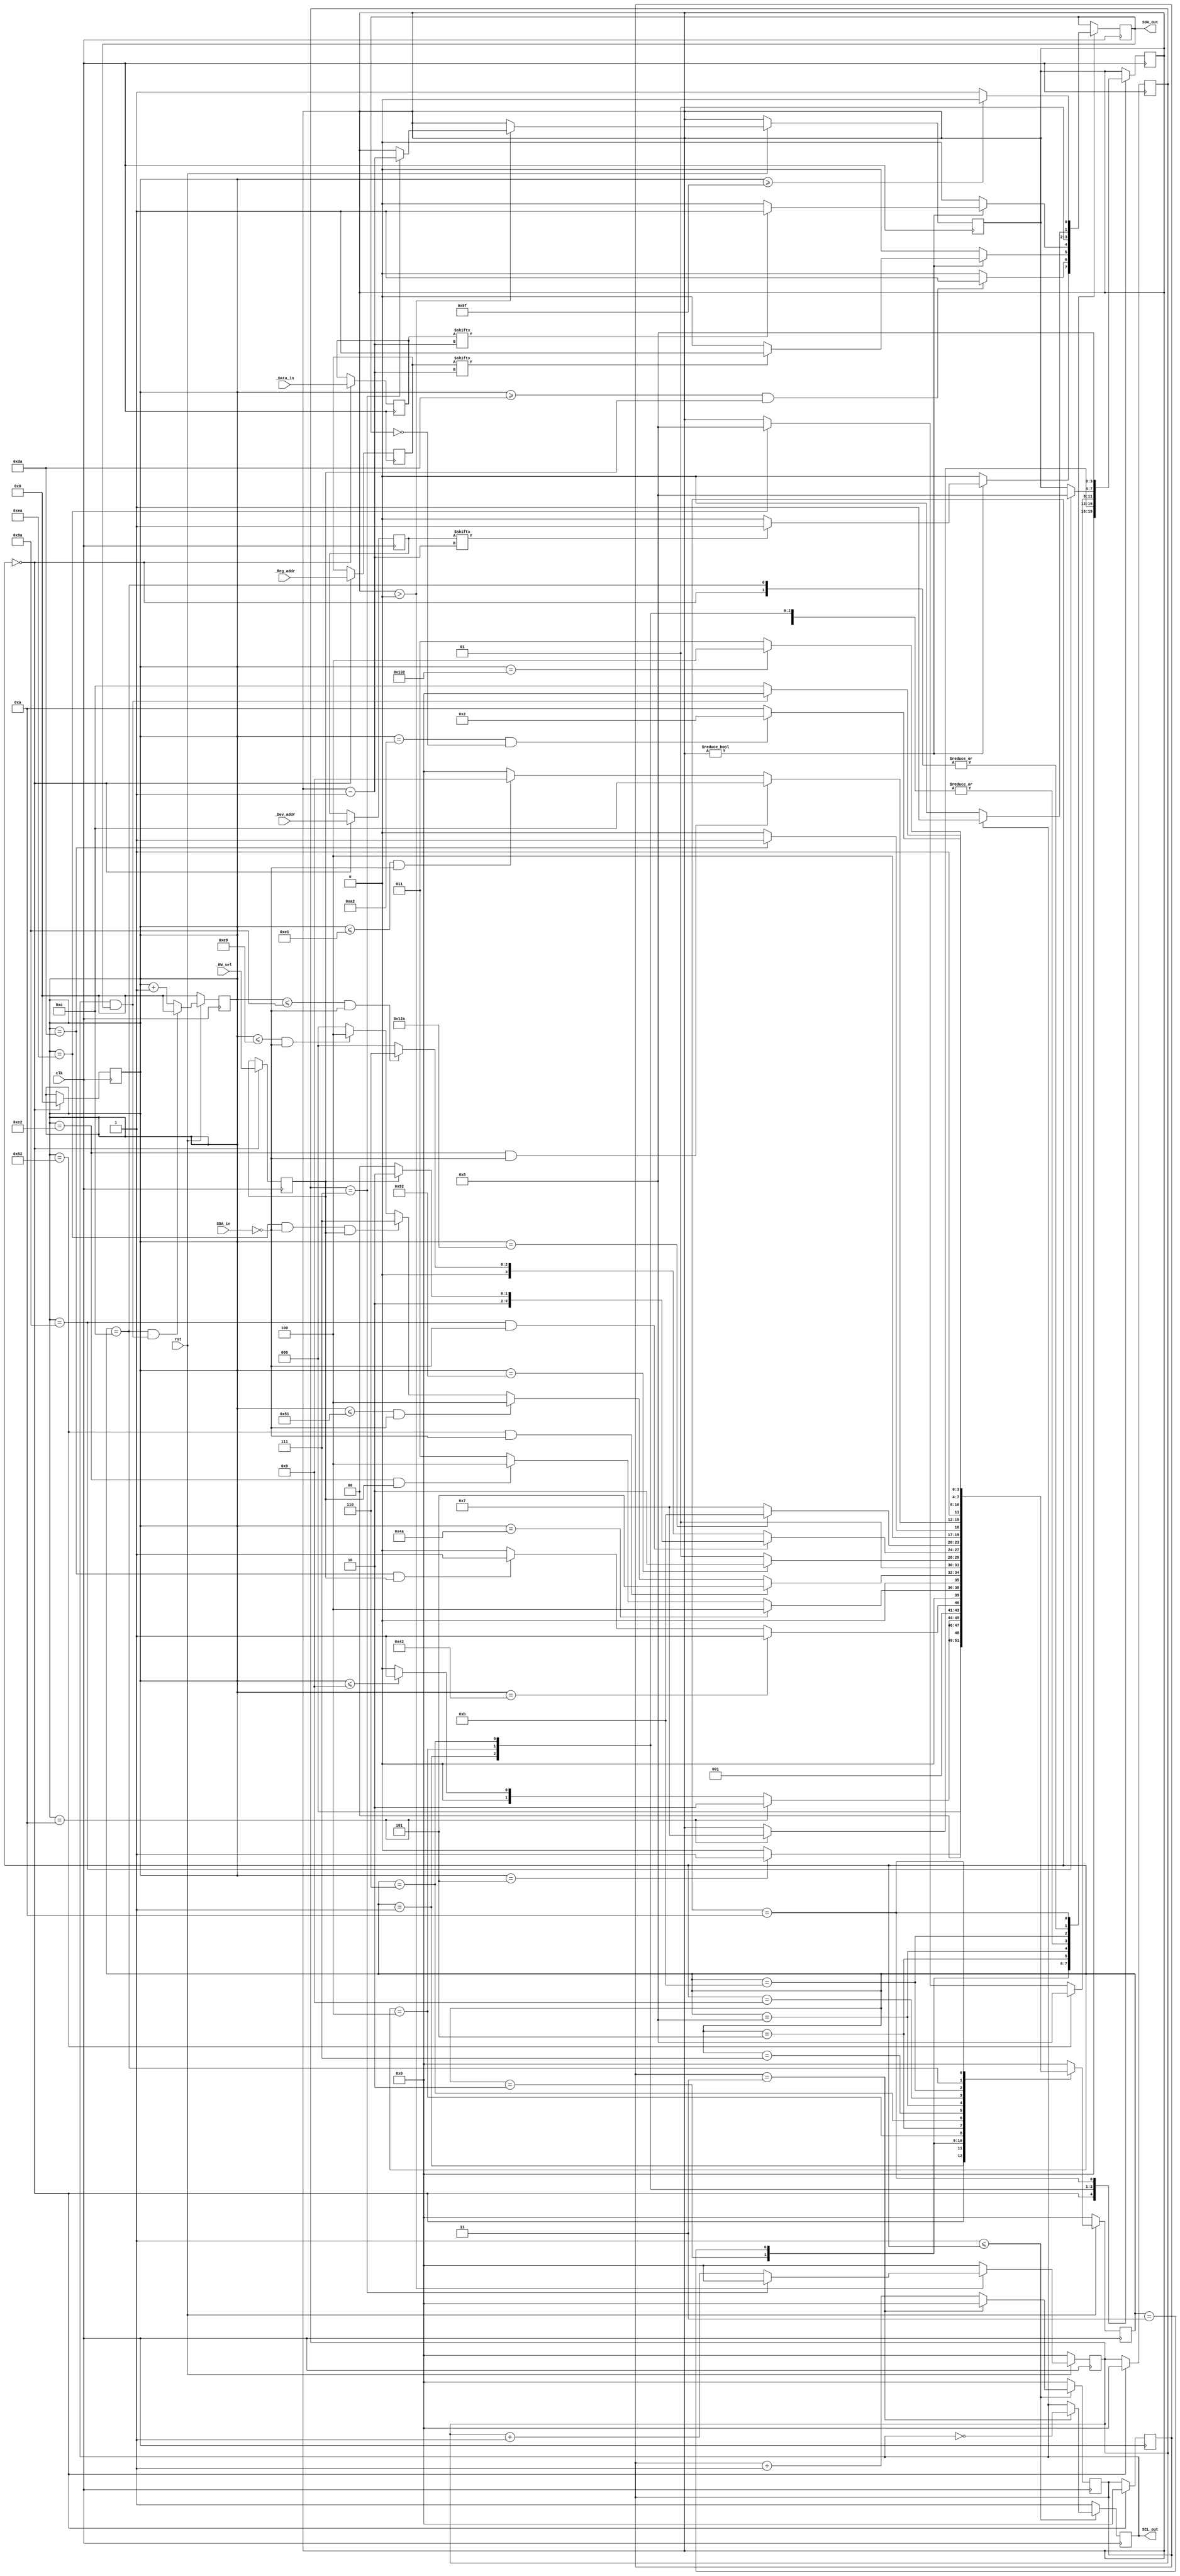
module I2C_Master (

input	wire [7:0] _Data_in,
input	wire [7:0] _Reg_addr,
input	wire [6:0] _Dev_addr,
input	wire	   clk,rst,_RW_sel,

input	wire	 SDA_in,
output	reg	 	 SDA_out,
output	reg	 	 SCL_out

);


localparam STATE_IDLE 				= 4'd0;
localparam STATE_START 				= 4'd1;
localparam STATE_DEV_SEL 			= 4'd2;
localparam STATE_RW					= 4'd3;
localparam STATE_ACK_RW			 	= 4'd4;

localparam STATE_REG_SEL	 		= 4'd5;
localparam STATE_ACK_REG		 	= 4'd6;

localparam STATE_READ 				= 4'd7;
localparam STATE_WRITE		 		= 4'd8;

localparam STATE_ACK_DATA			= 4'd9;
localparam STATE_RESTART			= 4'd10;
localparam STATE_NACK		 		= 4'd11;

localparam STATE_STOP				= 4'd12;


reg [7:0]  Data_in  = 8'd0;
reg [7:0]  Reg_addr = 8'd0;
reg [6:0]  Dev_addr = 7'd0;
reg 	   RW_sel   = 1'd0;


reg [3:0]  state = STATE_IDLE;
reg [3:0]  next_state = STATE_IDLE;

reg [3:0]  bit_count = 4'd0;
reg [3:0]  SCL_count = 4'd0;

wire	   SDA;
wire	   SCL;


reg [8:0] count	= 9'd0;
reg [3:0] count1 = 4'd0;

///////////////////////////////////////////////////////////////////////////////////////////////////////

always @ (posedge clk) begin
	if(!rst)begin
		state <= STATE_IDLE;
	end

	else begin
		state <= next_state;
	end
end

///////////////////////////////////////////////////////////////////////////////////////////////////////
always @ (*) begin
	case (state)
		STATE_IDLE : 				
		if (count == 9'd5) begin
			next_state = STATE_START;
		end
		else begin
			next_state = STATE_IDLE;
		end

		STATE_START : 
		if (count == 9'd10) begin
			next_state = STATE_DEV_SEL;
		end
		else if (count <= 9'd9)begin
			next_state = STATE_START;
		end
		else  begin
			next_state = STATE_IDLE;
		end

		STATE_DEV_SEL :
		if (count == 9'd66) begin
			next_state = STATE_RW;
		end
		
		else if((count == 9'd218) & RW_sel == 1'b1) begin
			next_state = STATE_RW;
		end
		
		else begin
			next_state = STATE_DEV_SEL;
		end
		
		STATE_RW:
		if (count == 9'd74 ) begin
			next_state = STATE_ACK_RW;
		end
		else if ((count == 9'd226) & (RW_sel == 1'b1)) begin
			next_state = STATE_ACK_RW;
		end
		else begin
			next_state = STATE_RW;
            	end

		STATE_ACK_RW :  				
		if (count == 9'd82 & (SDA_in == 1'b0)) begin
			next_state = STATE_REG_SEL;
		end
		else if ((count <= 9'd81) & (SDA_in == 1'b0)) begin
			next_state = STATE_ACK_RW;
		end
		else if((count == 9'd234) & (SDA_in == 1'b0) & (RW_sel == 1'b1)) begin
			next_state = STATE_READ;
		end
		else if((count <= 9'd233) & (SDA_in == 1'b0)) begin
			next_state = STATE_ACK_RW;
		end
		else begin
			next_state = STATE_IDLE;
		end

		STATE_REG_SEL : 				
		if (count == 9'd146 ) begin
			next_state = STATE_ACK_REG;
		end
		else begin
			next_state = STATE_REG_SEL;
		end
		
		STATE_ACK_REG : 				
		if (count == 9'd154 & (SDA_in == 1'b0)) begin
			if(RW_sel) begin
				next_state = STATE_RESTART;
			end

			else begin
				next_state = STATE_WRITE;
			end
		end

		else if((count<= 9'd154) & (SDA_in == 1'b0)) begin
			next_state = STATE_ACK_REG;
		end

		else begin
			next_state = STATE_IDLE;
		end
		
		STATE_READ :  				
		if (count == 9'd298) begin
			next_state = STATE_NACK;
		end
		else begin
			next_state = STATE_READ;
		end
		
		STATE_WRITE : 				
		if (count == 9'd218 ) begin
			next_state = STATE_ACK_DATA;
		end
		else begin
			next_state = STATE_WRITE;
		end

		STATE_ACK_DATA : 				
		if ((count == 9'd226) & (SDA_in == 1'b0)) begin
			next_state = STATE_STOP;
		end
		else if ((count <= 9'd225) & (SDA_in == 1'b0)) begin
			next_state = STATE_ACK_DATA;
		end
		else begin
			next_state = STATE_IDLE;
		end
		
		STATE_NACK : 				
		if (count == 9'd306) begin
			next_state = STATE_STOP;
		end
		else begin
			next_state = STATE_NACK;
		end

		STATE_STOP : 		
		if ((SCL_out == 1'b1) & (SDA_out == 1'b1)) begin
			next_state = STATE_IDLE;
		end

		else begin
			next_state = STATE_STOP;
		end
		
		STATE_RESTART :
		if ( (count == 8'd162) & (SDA_out == 1'b0) ) begin
			next_state = STATE_DEV_SEL;
		end
		else begin
			next_state = STATE_RESTART;
		end

		default next_state = STATE_IDLE;
	endcase
end

///////////////////////////////////////////////////////////////////////////////////////////////////////
always @ (posedge clk) begin
	case (state)  
		STATE_IDLE : //Initialization
		begin

			Data_in <= _Data_in;
			Reg_addr <= _Reg_addr;
			Dev_addr <= _Dev_addr;
			RW_sel <= _RW_sel;

			bit_count <= 4'd0;
			SCL_count <= 4'd0;
			count1 <= 4'd0;
			count <= 9'd0;

			if(SCL_out == 1'b1)begin
				SDA_out <= 1'b1;
			end
			else begin
				SDA_out <= 1'b0;
			end

		end
		
		STATE_START : //Write Start bit(0) on SDA (From Master to Slave)
		begin
			
			if(count == 9'd10) begin
				bit_count <= 4'd7;
				SDA_out <= 1'b0;
			end
			else begin
				SDA_out <= 1'b0;
			end
		end
		
		STATE_DEV_SEL : //Write Device Address [6:0] on SDA (From Master to Slave)
		begin
			if(bit_count) begin
				if(Dev_addr[bit_count - 4'd1]) begin
					SDA_out <= 1'b1;
				end
				else begin
					SDA_out <= 1'b0;
				end
			end

			else begin
				SDA_out <= 1'd0;
			end
		end

		STATE_RW :	//Write W bit on SDA (From Master to Slave)
		begin	
			if((count >= 9'd218) & (RW_sel == 1'b1)) begin
				SDA_out <= 1'b1;
			end
			else begin
				SDA_out <= 1'b0;
			end
		end

		STATE_ACK_RW :			//Read ARK bit (From Slave to Master)
		begin	
			if(count == 9'd82) begin
				SDA_out <= 1'b0;
				bit_count <= 4'd8;
			end
			else if(count == 9'd234) begin
				SDA_out <= 1'b0;
				bit_count <= 4'd8;
			end
			else begin
				SDA_out <= 1'b0;
			end	
		end
		
		STATE_REG_SEL : //Write Register Address [7:0] on SDA (From Master to Slave)
		begin
			if(bit_count) begin
				if(Reg_addr[bit_count - 4'd1]) begin
					SDA_out <= 1'b1;
				end
				else begin
					SDA_out <= 1'b0;
				end
			end

			else begin
				SDA_out <= 1'd0;
			end
		end

		STATE_ACK_REG :			//Read ARK bit (From Slave to Master)
		begin	
			if(count == 9'd154 ) begin
				SDA_out <= 1'b0;
				bit_count <= 4'd8;
			end
			else begin
				SDA_out <= 1'b0;
			end
		end
		
		STATE_WRITE : //Write Data [7:0] on SDA (From Master to Slave)
		begin
			if(bit_count) begin
				if(Data_in[bit_count - 4'd1]) begin
					SDA_out <= 1'b1;
				end
				else begin
					SDA_out <= 1'b0;
				end
			end

			else begin
				SDA_out <= 1'd0;
			end
		end

		STATE_READ : //Read Data [7:0] on SDA (From Slave to Master)
		begin
			SDA_out <= 1'b0;
		end

		STATE_ACK_DATA : 	//Read ARK bit (From Slave to Master)
		begin
			SDA_out <= 1'b0;
		end

		STATE_NACK : 		//Read NACK bit (From Slave to Master)
		begin
			SDA_out <= 1'b1;
		end

		STATE_STOP : //Wait STOP Signal (SCL High Signal)
		begin
			if(SCL_out == 1'b1) begin
				SDA_out <= 1'b1;
			end
			else begin
				SDA_out <= 1'b0;
			end
		end
		
		STATE_RESTART : //Write RESTART bit on SDA (From Master to Slave)
		begin
			bit_count <= 4'd8;
			if(count >= 9'd159) begin
				SDA_out <= 1'b0;
			end
			else begin
				SDA_out <= 1'b1;
			end
		end

	endcase
end

/////////////////////////////////////////////////////////////////////////////////////////////////////////////////////
																		// count :	 			 				   //		
always @ (posedge clk) begin					     					// count is clk based count     		   //	
	if(!rst) begin						        						// count controls STATE		       		   //
		count <= 8'd0;					     							// ####################################### //
	end							        								// # a Period of count = 2 period of clk # //
																		// ####################################### //
	else begin															/////////////////////////////////////////////
		if( (state == STATE_STOP) & (SCL_out & SDA_out)) begin							   						   //
			count <= 9'd0;										   												   //
		end												   														   //
										  																		   //
		else begin											   													   //
			count <= count + 8'd1;									   											   //
		end									  			   														   //
	end													   														   //
end														   														   //
														   														   //
/////////////////////////////////////////////////////////////////////////////////////////////////////////////////////
								    								// SCL_count :				   				   //
always @ (posedge clk) begin						 				// SCL_count is clk based count for SCL_out    //
																	// I2C Protocol End Condition is -        	   //
	if ( STATE_START <= state ) begin								// SCL rises, followed by SDA rising    	   //
		if (SCL_count == 3) begin									// SCL_out :           					       //
			SCL_count <= 4'd0;										// SCL_out is SCL_count based clk      	       //
			SCL_out <= !SCL_out;									// ########################################### //
		end															// ## a Period of SCL_out = 8 period of clk ## //
																	// ########################################### //
		else begin													/////////////////////////////////////////////////
			SCL_count <= SCL_count + 4'd1;																		   //
		end			 																							   //
	end																				   							   //
													  	 													       //
	else begin												   													   //
		SCL_count <= 4'd0;													   									   //
		SCL_out <= 1'b1;									  	 												   //
	end													   													   	   //
														   														   //
end														   														   //
								   						   														   //
/////////////////////////////////////////////////////////////////////////////////////////////////////////////////////
								   								   // count1 :					   				   //
always @ (posedge clk) begin					  				   // count1 is clk based count for bit_count      //
	if(rst)begin						   						   // active condition : bit_count is set          //
		if(bit_count >0) begin				   					   // a Period of count1 = 2 period of clk	 	   //
			if ( count1 == 4'd7) begin		  					   // bit_count :   				   			   //
				count1 <= 4'd0;			   						   // bit count is count1 based count -            //
				bit_count <= bit_count - 4'd1;	   				   // To count data bits			   			   // 
			end					   								   // a Preriod of bit_count = 2 period of count1  //
								   								   // ############################################ //
			else begin				  							   // # a Preriod of bit_count = 8 period of clk # //
				count1 <= count1 + 4'd1;	  					   // ############################################ //
			end					  								   //////////////////////////////////////////////////
		end												   														   //
		else begin											   													   //
			count1 <= 4'd0;										   												   //
		end												   														   //
	end													   														   //
	else begin												   													   //
		count1 <= 4'd0;											  												   //
	end													   														   //
end														   														   //
														   														   //
/////////////////////////////////////////////////////////////////////////////////////////////////////////////////////
									      								 // SDA : 		   				  		   //
assign SDA = SDA_in + SDA_out;						      				 // SDA is a wire for signal analysis      //
assign SCL = SCL_out;							      				     // SDA is sum of input SDA and output SDA //
									      								 // SCL :								   //
																		 //	SCL is a wire for signal analysis  	   //	
/////////////////////////////////////////////////////////////////////////////////////////////////////////////////////

endmodule